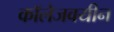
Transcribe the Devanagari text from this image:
कॉलेजवयीन